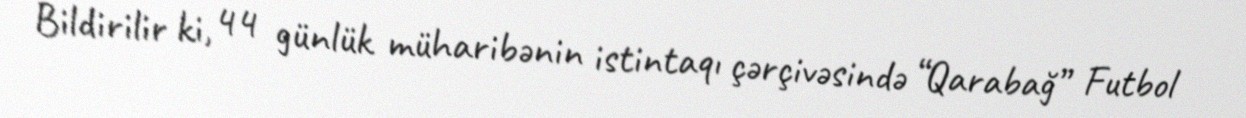
Bildirilir ki, 44 günlük müharibənin istintaqı çərçivəsində “Qarabağ” Futbol